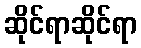
ဆိုင်ရာဆိုင်ရာ